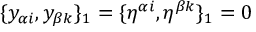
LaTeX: \{ y _ { \alpha i } , y _ { \beta k } \} _ { 1 } = \{ \eta ^ { \alpha i } , \eta ^ { \beta k } \} _ { 1 } = 0